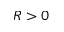
R > 0